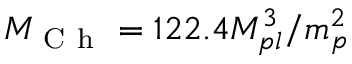
M _ { \mathrm { ~ C ~ h ~ } } = 1 2 2 . 4 M _ { p l } ^ { 3 } / m _ { p } ^ { 2 }